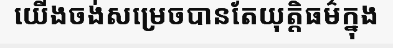
យើងចង់សម្រេចបានតែយុត្តិធម៌ក្នុង